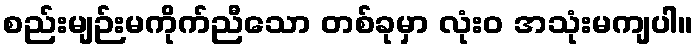
စည်းမျဉ်းမကိုက်ညီသော တစ်ခုမှာ လုံးဝ အသုံးမကျပါ။